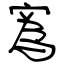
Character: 寪